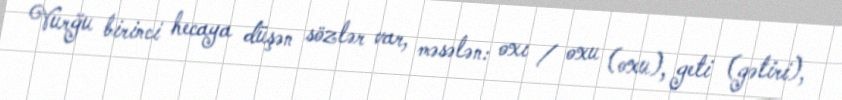
Vurğu birinci hecaya düşən sözlər var, məsələn: oxı / oxu (oxu), geti (gətiri),